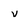
Character: v